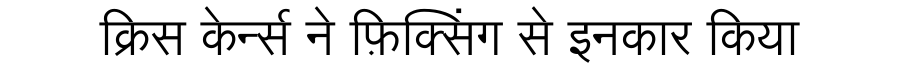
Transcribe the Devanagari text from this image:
क्रिस केर्न्स ने फ़िक्सिंग से इनकार किया